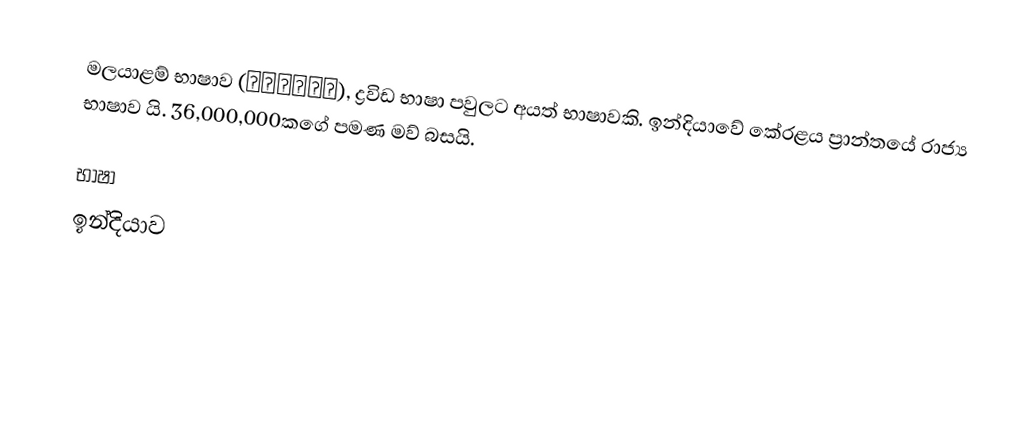
මලයාළම් භාෂාව (മലയാളം), ද්‍රවිඩ භාෂා පවුලට අයත් භාෂාවකි. ඉන්දියාවේ කේරළය ප්‍රාන්තයේ රාජ්‍ය  භාෂාව යි. 36,000,000කගේ පමණ මව් බසයි.

භාෂා
ඉන්දියාව